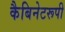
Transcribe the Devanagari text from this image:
कैबिनेटरूपी